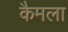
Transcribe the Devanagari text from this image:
कैमला